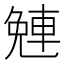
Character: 𨌜